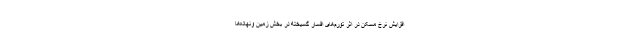
افزایش نرخ مسکن در اثر تورم‌های افسار گسیخته در بخش زمین ونهاده‌ها